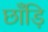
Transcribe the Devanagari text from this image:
छाँड़ि